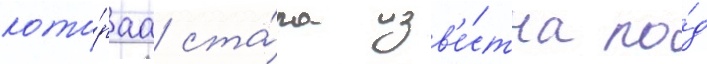
кото́раа ста́ла изв'е́стна по́д